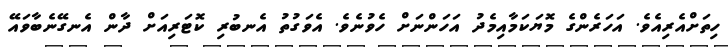
ހިތަށްއެރިއެވެ. އަހަރެންގެ މޮޔަކަމާއިމެދު އަހަންނަށް ހެވުނެވެ. އެވަގުތު އެނބުރި ކޮޓަރިއަށް ދާން އެނގޭނެބާވައޭ